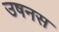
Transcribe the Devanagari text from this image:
उषनस